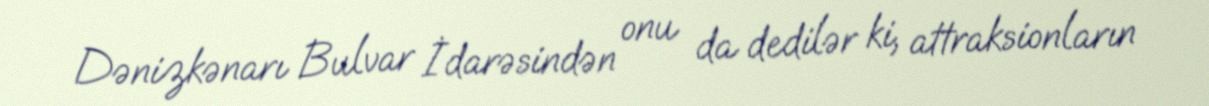
Dənizkənarı Bulvar İdarəsindən onu da dedilər ki, attraksionların